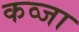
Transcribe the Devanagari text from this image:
कव्जा